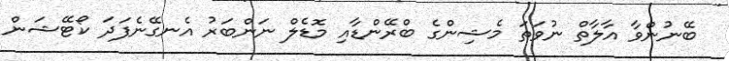
ބޭނުންވާ އާލާތް ނުވަތަ މެޝިންގެ ބްރޭންޑާއި މޮޑެލް ނަންބަރު އެނގޭނެފަދަ ކޯޓޭޝަން